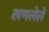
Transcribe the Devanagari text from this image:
खणलेले